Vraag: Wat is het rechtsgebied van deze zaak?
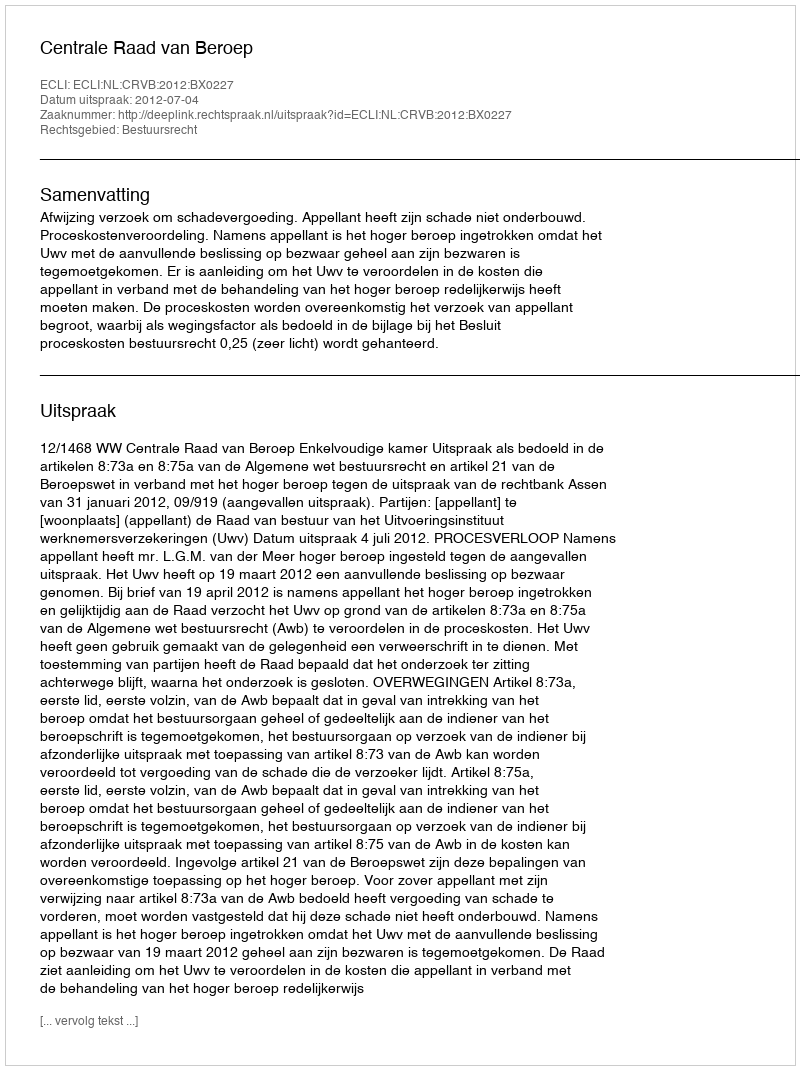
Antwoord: Bestuursrecht